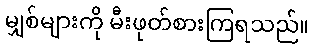
မျှစ်များကို မီးဖုတ်စားကြရသည်။